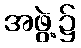
အဖွဲ့၌